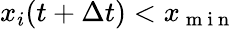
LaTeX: x_{i}(t+\Delta t)<x_{\mathrm{~m~i~n~}}